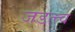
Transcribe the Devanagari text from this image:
जडत्त्व